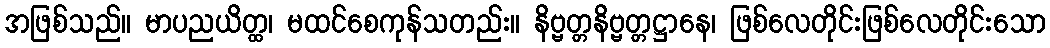
အဖြစ်သည်။ မာပညယိတ္ထ၊ မထင်စေကုန်သတည်း။ နိဗ္ဗတ္တနိဗ္ဗတ္တဋ္ဌာနေ၊ ဖြစ်လေတိုင်းဖြစ်လေတိုင်းသော